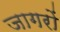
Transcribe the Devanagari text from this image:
जागरों